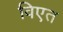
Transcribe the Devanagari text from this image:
विएत